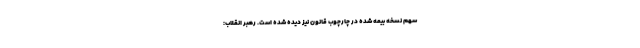
سهم نسخه بیمه شده در چارچوب قانون نیز دیده شده است. رهبر انقلاب: